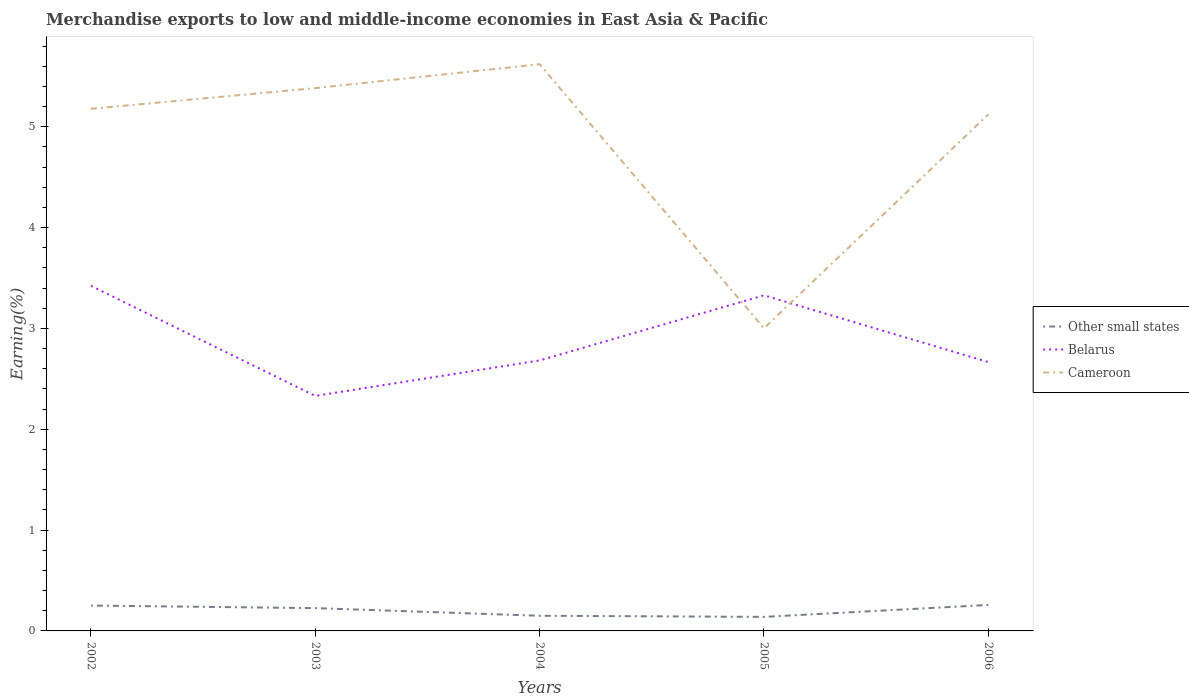
| Years | Other small states | Belarus | Cameroon |
 | --- | --- | --- | --- |
 | 2002 | 0.252 | 3.42 | 5.18 |
 | 2003 | 0.226 | 2.33 | 5.38 |
 | 2004 | 0.15 | 2.68 | 5.62 |
 | 2005 | 0.139 | 3.33 | 3 |
 | 2006 | 0.258 | 2.67 | 5.12 |